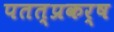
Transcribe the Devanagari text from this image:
पतत्प्रकर्ष